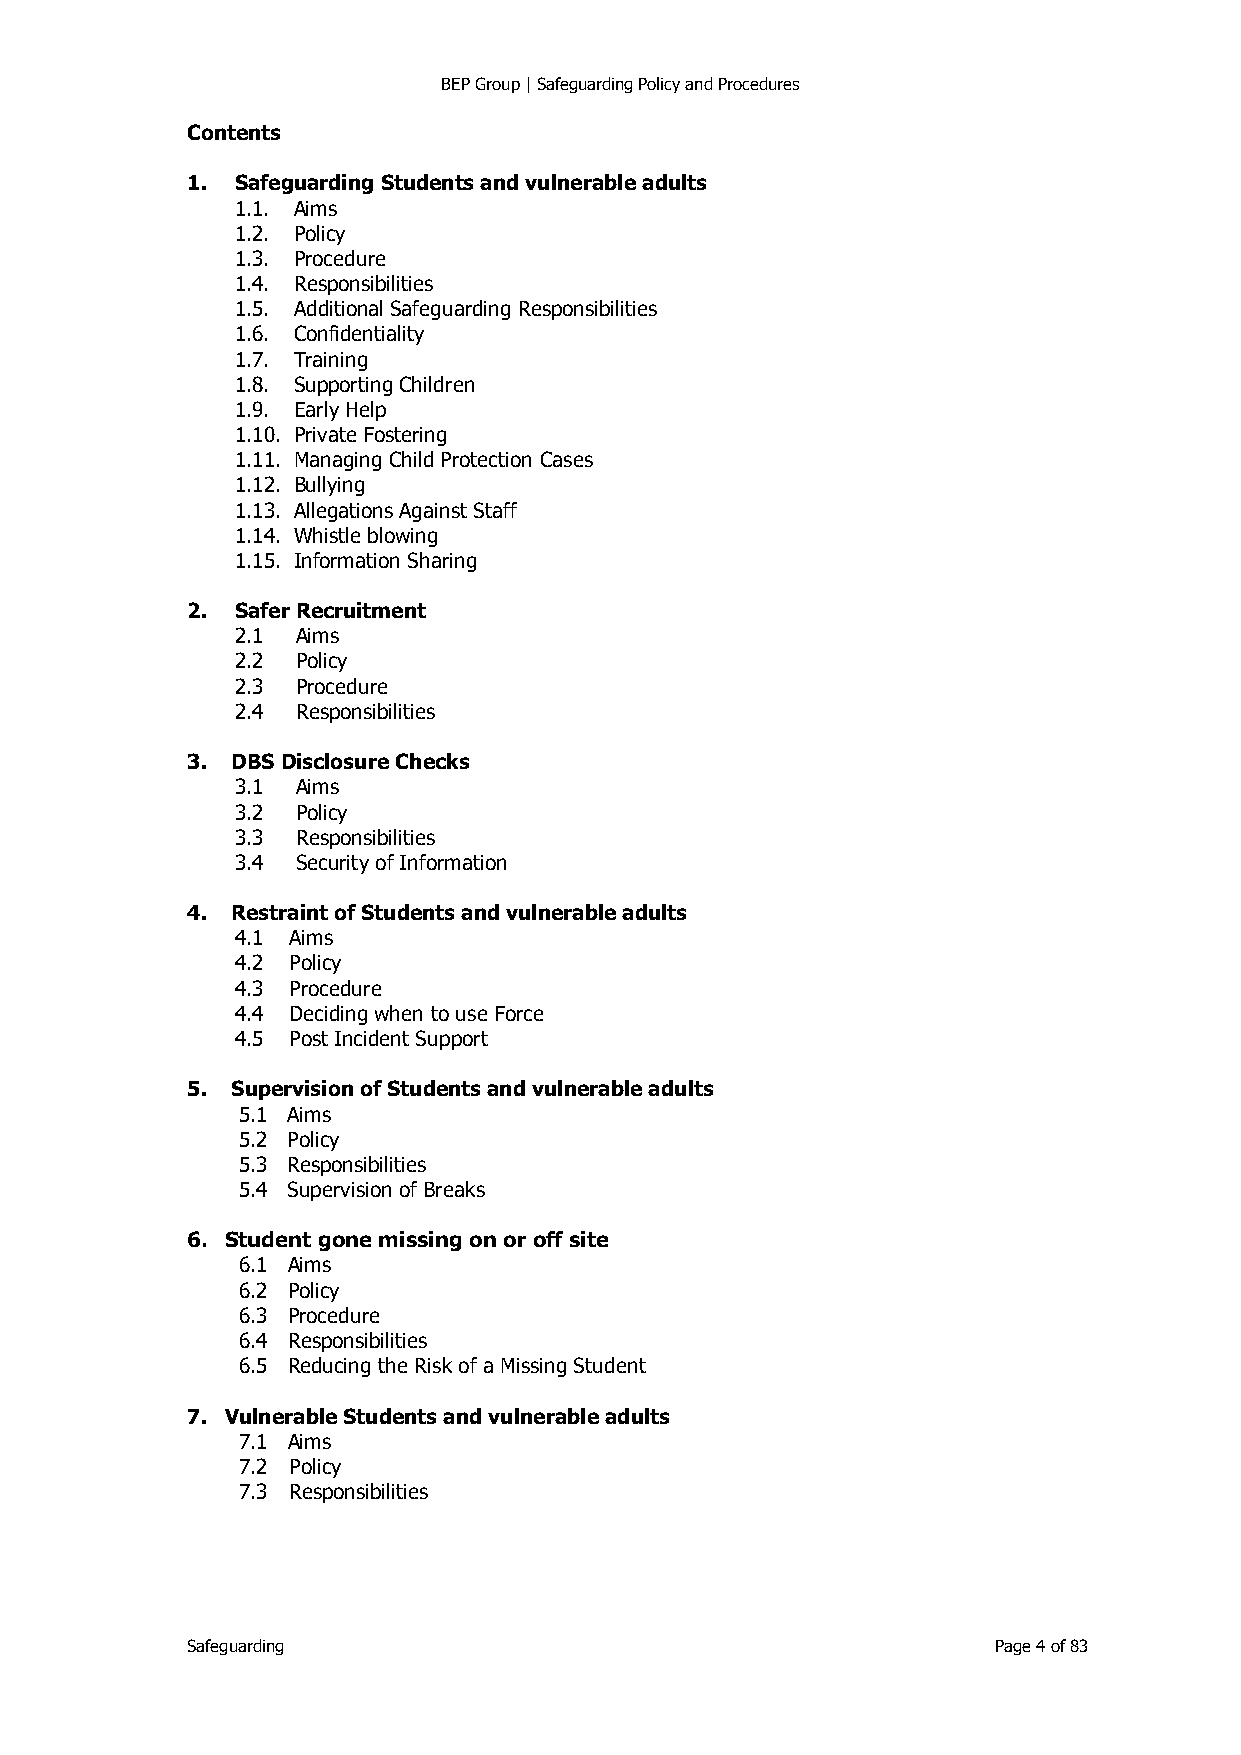
BEP Group | Safeguarding Policy and Procedures
 Contents
 1.  Safeguarding Students and vulnerable adults
 1.1. Aims
 1.2. Policy
 1.3. Procedure
 1.4. Responsibilities
 1.5. Additional Safeguarding Responsibilities
 1.6. Confidentiality
 1.7. Training
 1.8. Supporting Children
 1.9. Early Help
 1.10. Private Fostering
 1.11. Managing Child Protection Cases
 1.12. Bullying
 1.13. Allegations Against Staff
 1.14. Whistle blowing
 1.15. Information Sharing
 2.  Safer Recruitment
 2.1 Aims
 2.2 Policy
 2.3 Procedure
 2.4 Responsibilities
 3. DBS Disclosure Checks
 3.1 Aims
 3.2 Policy
 3.3 Responsibilities
 3.4 Security of Information
 4. Restraint of Students and vulnerable adults
 4.1 Aims
 4.2 Policy
 4.3 Procedure
 4.4 Deciding when to use Force
 4.5 Post Incident Support
 5. Supervision of Students and vulnerable adults
 5.1 Aims
 5.2 Policy
 5.3 Responsibilities
 5.4 Supervision of Breaks
 6. Student gone missing on or off site
 6.1 Aims
 6.2 Policy
 6.3 Procedure
 6.4 Responsibilities
 6.5 Reducing the Risk of a Missing Student
 7. Vulnerable Students and vulnerable adults
 7.1 Aims
 7.2 Policy
 7.3 Responsibilities
 Safeguarding                                          Page 4 of 83